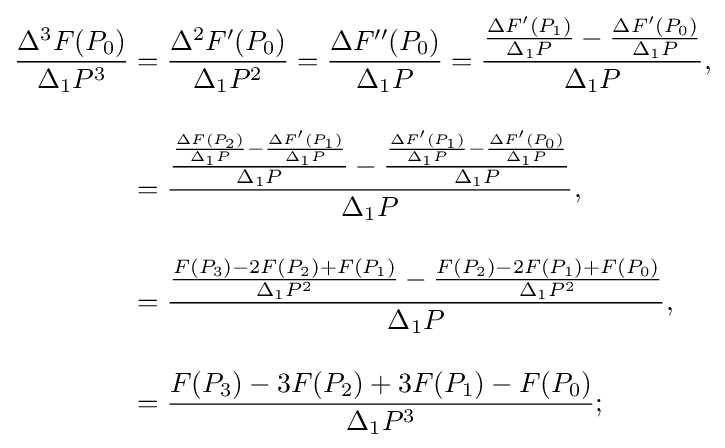
{\begin{aligned}{\frac {\Delta ^{3}F(P_{0})}{\Delta _{1}P^{3}}}&={\frac {\Delta ^{2}F'(P_{0})}{\Delta _{1}P^{2}}}={\frac {\Delta F''(P_{0})}{\Delta _{1}P}}={\frac {{\frac {\Delta F'(P_{1})}{\Delta _{1}P}}-{\frac {\Delta F'(P_{0})}{\Delta _{1}P}}}{\Delta _{1}P}},\\[10pt]&={\frac {{\frac {{\frac {\Delta F(P_{2})}{\Delta _{1}P}}-{\frac {\Delta F'(P_{1})}{\Delta _{1}P}}}{\Delta _{1}P}}-{\frac {{\frac {\Delta F'(P_{1})}{\Delta _{1}P}}-{\frac {\Delta F'(P_{0})}{\Delta _{1}P}}}{\Delta _{1}P}}}{\Delta _{1}P}},\\[10pt]&={\frac {{\frac {F(P_{3})-2F(P_{2})+F(P_{1})}{\Delta _{1}P^{2}}}-{\frac {F(P_{2})-2F(P_{1})+F(P_{0})}{\Delta _{1}P^{2}}}}{\Delta _{1}P}},\\[10pt]&={\frac {F(P_{3})-3F(P_{2})+3F(P_{1})-F(P_{0})}{\Delta _{1}P^{3}}};\end{aligned}}